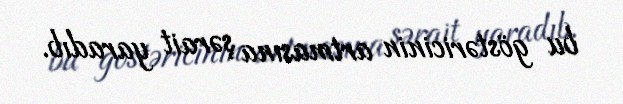
bu göstəricinin artmasına şərait yaradıb.